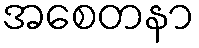
အစေတနာ